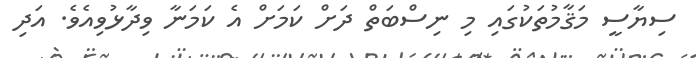
ސިޔާސީ މަޤާމުތަކުގައި މި ނިސްބަތް ދަށް ކަމަށް އެ ކަމަނާ ވިދާޅުވިއެވެ. އަދި